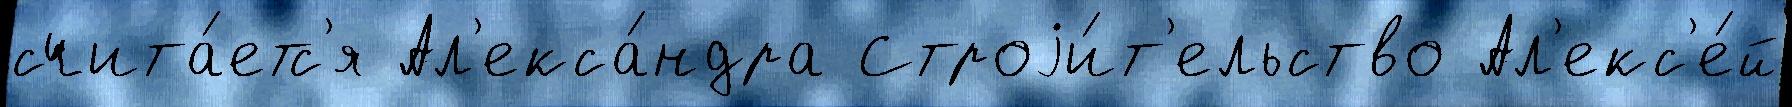
счита́етс'я Ал'екса́ндра Строjи́т'ельство Ал'екс'е́й